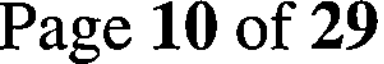
Page 10 of 29